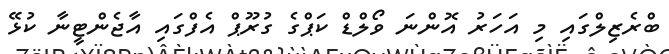
ބްރެޒިލްގައި މި އަހަރު އޮންނަ ވޯލްޑް ކަޕްގެ ގުރޫޕް އެފްގައި އާޖެންޓީނާ ކުޅޭ